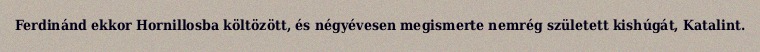
Ferdinánd ekkor Hornillosba költözött, és négyévesen megismerte nemrég született kishúgát, Katalint.